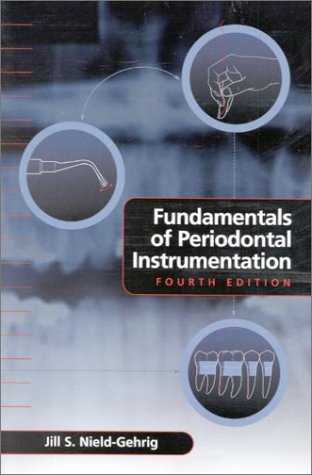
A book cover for Fundamentals of Periodontal Instrumentation; Jill S. Nield-Gehrig; Medical Books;